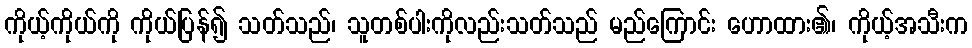
ကိုယ့်ကိုယ်ကို ကိုယ်ပြန်၍ သတ်သည်၊ သူတစ်ပါးကိုလည်းသတ်သည် မည်ကြောင်း ဟောထား၏၊ ကိုယ့်အသီးက